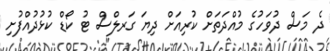
ދެ މަސް ދުވަހުގެ މުއްދަތަށް ކުރިއަށް ދިޔަ ގަރލްސް ޓު ކޯޑް ކުޅުދުއްފުށި